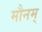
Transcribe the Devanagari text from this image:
मौनम्